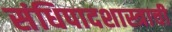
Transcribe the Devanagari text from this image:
संधिपादशास्त्राची